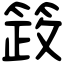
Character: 䈣